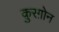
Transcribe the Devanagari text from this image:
क़ुरग़ोन